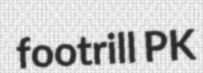
footrill PK